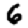
Digit: 6